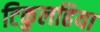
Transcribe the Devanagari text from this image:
टिकुलहिया